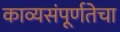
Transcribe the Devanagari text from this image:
काव्यसंपूर्णतेचा